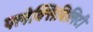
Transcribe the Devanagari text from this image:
फ्लेक्सिबिलिटी